Annual statistical returns and brief notes on vaccination in Bengal - 1887-1898
Year: 1887
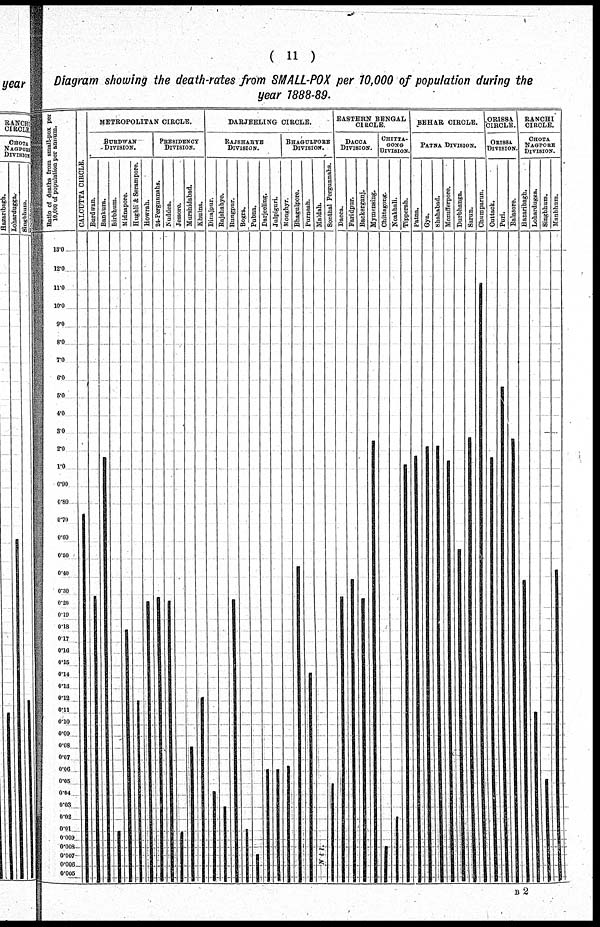
( 11 )
Diagram showing the death-rates from SMALL-POX per 10,000 of population during the
year 1888-89.
B2